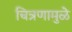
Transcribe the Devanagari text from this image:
चित्रणामुळे